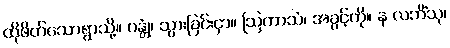
ထိုဖိတ်သောရွာသို့။ ဂန္တုံ၊ သွားခြင်းငှာ။ ဩကာသံ၊ အခွင့်ကို။ န လဘိံသု၊